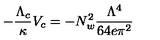
- \frac { \Lambda _ { c } } { \kappa } V _ { c } = - N _ { w } ^ { 2 } \frac { \Lambda ^ { 4 } } { 6 4 e \pi ^ { 2 } }